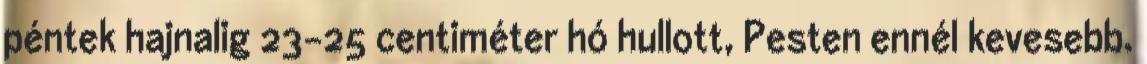
péntek hajnalig 23-25 centiméter hó hullott, Pesten ennél kevesebb.